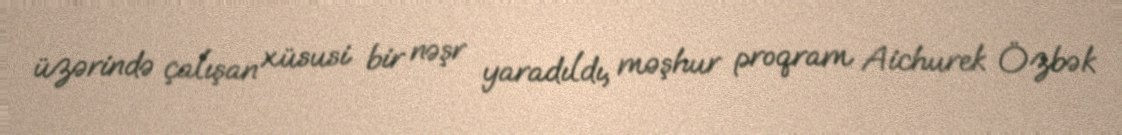
üzərində çalışan xüsusi bir nəşr yaradıldı, məşhur proqram Aichurek Özbək